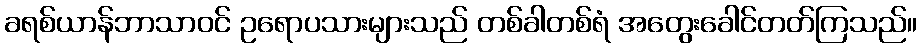
ခရစ်ယာန်ဘာသာဝင် ဥရောပသားများသည် တစ်ခါတစ်ရံ အတွေးခေါင်တတ်ကြသည်။